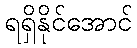
ရရှိနိုင်အောင်